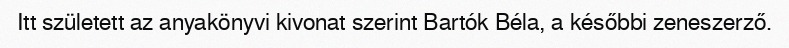
Itt született az anyakönyvi kivonat szerint Bartók Béla, a későbbi zeneszerző.